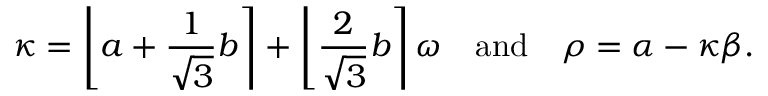
\kappa = \left\lfloor a + { \frac { 1 } { \sqrt { 3 } } } b \right\rceil + \left\lfloor { \frac { 2 } { \sqrt { 3 } } } b \right\rceil \omega \ \ { \mathrm { ~ a n d ~ } } \ \ \rho = { \alpha } - \kappa \beta .